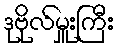
ဒုဗိုလ်မှူးကြီး